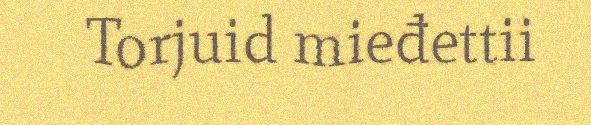
Torjuid mieđettii